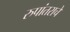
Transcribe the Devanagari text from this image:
रुपांतराचे